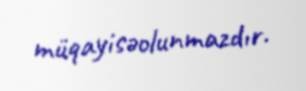
müqayisəolunmazdır.